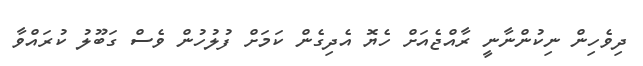
ދިވެހިން ނިކުންނާނީ ރާއްޖެއަށް ހެޔޮ އެދިގެން ކަމަށް ފުލުހުން ވެސް ގަބޫލު ކުރައްވާ